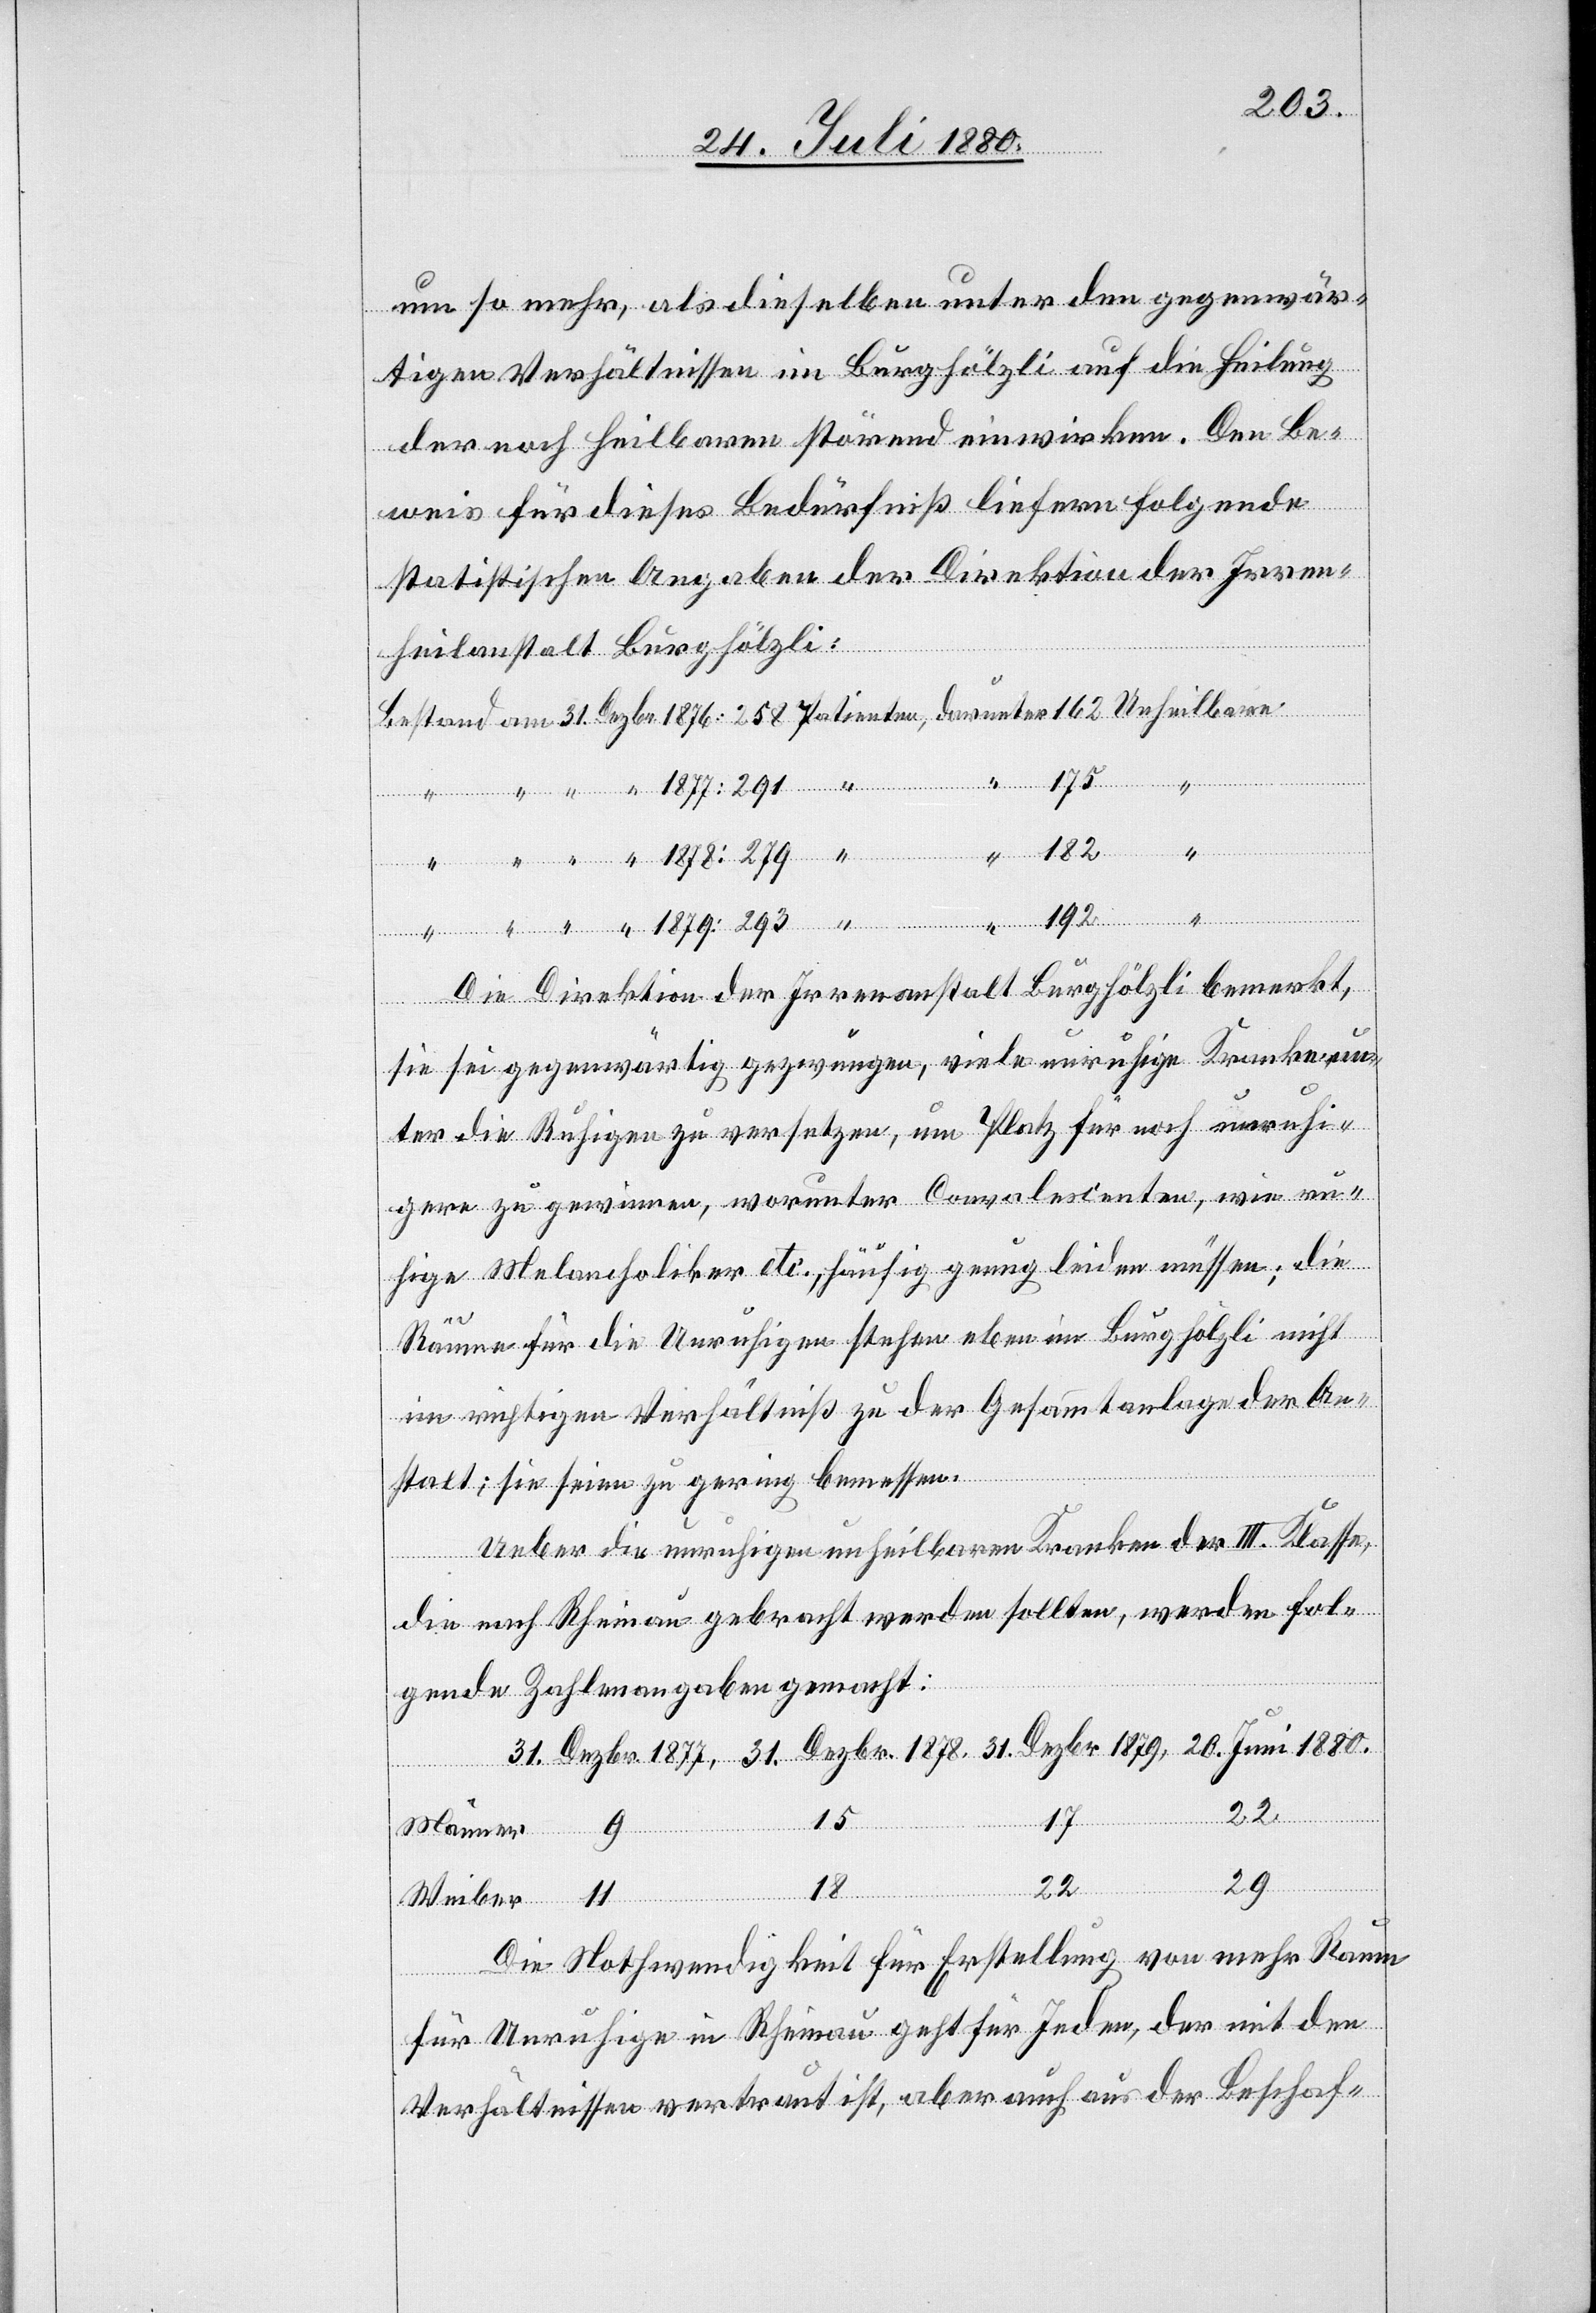
31.
um so mehr, als dieselben unter den gegenwär¬
tigen Verhältnissen im Burghölzli auf die Heilung
der noch heilbaren störend einwirken. Den Be¬
weis für dieses Bedürfnis liefern folgende
statistischen Angaben der Direktion der Irren¬
heilanstalt Burghölzli:
Die Direktion der Irrenanstalt Burghölzli bemerkt,
sie sei gegenwärtig gezwungen, viele unruhige Kranke un¬
ter die Ruhigen zu versetzen, um Platz für noch unruhi¬
gere zu gewinnen, worunter Convalescenten, wie ru¬
hige Melancholiker etc., häufig genug leiden müssen; die
Räume für die Unruhigen stehen eben im Burghölzli nicht
im richtigen Verhältniß zu der Gesammtanlage der An¬
stalt; sie seien zu gering bemessen.
Ueber die unruhigen unheilbaren Kranken der III. Klasse,
die nach Rheinau gebracht werden sollten, werden fol¬
gende Zahlenangaben gemacht:
15
17
Dezbr.
29
22
18
Weiber
Die Nothwendigkeit für Erstellung von mehr Raum
für Unruhige in Rheinau geht für Jeden, der mit den
Verhältnissen vertraut ist, aber auch aus der Beschaf-